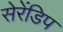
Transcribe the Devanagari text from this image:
सेरेंडिप